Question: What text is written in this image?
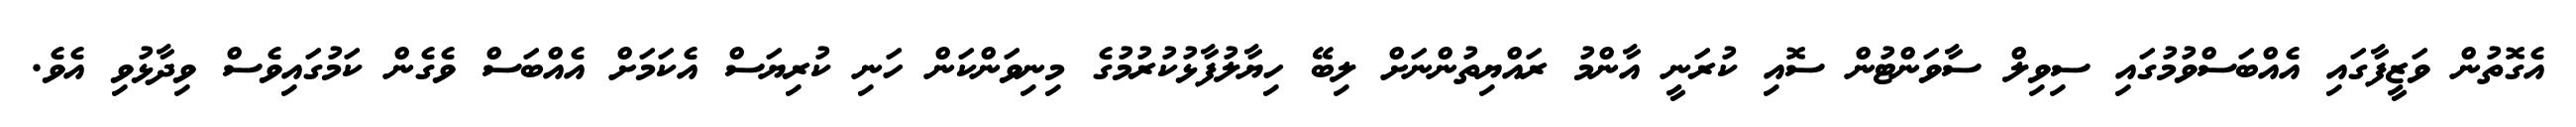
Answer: އެގޮތުން ވަޒީފާގައި އެއްބަސްވުމުގައި ސިވިލް ސާވަންޓުން ސޮއި ކުރަނީ އާންމު ރައްޔިތުންނަށް ލިބޭ ހިޔާލުފާޅުކުރުމުގެ މިނިވަންކަން ހަނި ކުރިޔަސް އެކަމަށް އެއްބަސް ވެގެން ކަމުގައިވެސް ވިދާޅުވި އެވެ.